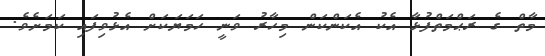
މާތް ގެ ރަޙްމަތްފުޅާ އެކު އެކަންކަން މިހާރު ވަނީ ހަމަޔަކަށް އެޅުވިފައި ކަމަށެވެ.